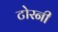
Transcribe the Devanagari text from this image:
टोरनी